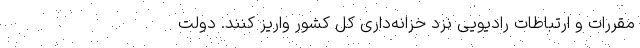
مقررات و ارتباطات رادیویی نزد خزانه‌داری کل کشور واریز کنند. دولت